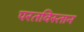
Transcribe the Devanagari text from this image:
परतविस्तान